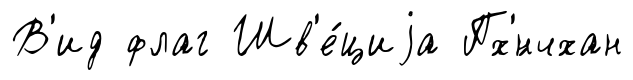
В'ид флаг Шв'е́циjа Пх'́нчхан